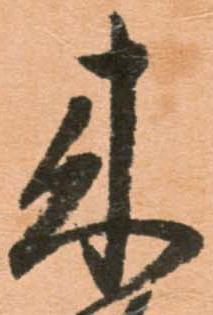
来